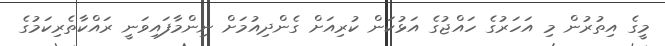
މީގެ އިތުރުން މި އަހަރުގެ ހައްޖުގެ އަޅުކަން ކުރިއަށް ގެންދިއުމަަށް ނިންމާފައިވަނީ ރައްކާތެރިކަމުގެ